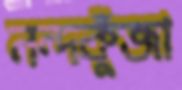
নন্দকুঁজা